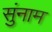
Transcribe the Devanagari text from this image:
सुंनाम